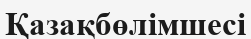
Қазақбөлімшесі